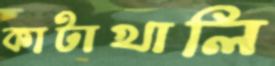
কাটাখালি